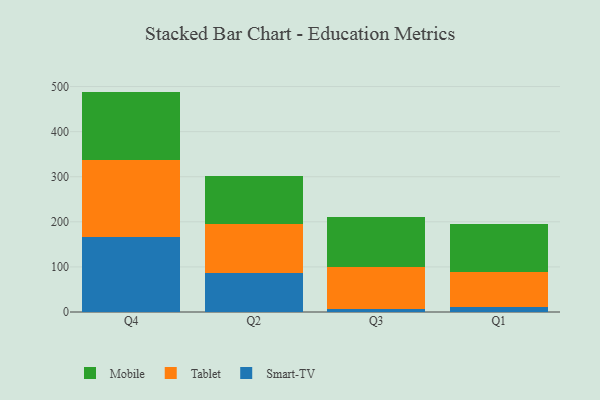
{"axis": {"x": "Quarter", "y": "Production Output"}, "legend": ["Mobile", "Smart-TV", "Tablet"], "data": [{"x": "Q4", "y": 167.1, "type": "Smart-TV"}, {"x": "Q4", "y": 170.1, "type": "Tablet"}, {"x": "Q4", "y": 151.6, "type": "Mobile"}, {"x": "Q2", "y": 85.4, "type": "Smart-TV"}, {"x": "Q2", "y": 109.2, "type": "Tablet"}, {"x": "Q2", "y": 106.8, "type": "Mobile"}, {"x": "Q3", "y": 6.9, "type": "Smart-TV"}, {"x": "Q3", "y": 92.1, "type": "Tablet"}, {"x": "Q3", "y": 110.8, "type": "Mobile"}, {"x": "Q1", "y": 11.1, "type": "Smart-TV"}, {"x": "Q1", "y": 77.0, "type": "Tablet"}, {"x": "Q1", "y": 106.3, "type": "Mobile"}]}